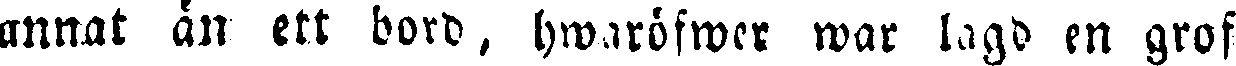
annat än ett bord, hwaröfwer war lagd en grof